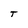
Character: T